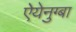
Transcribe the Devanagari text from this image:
ऐयेनुग्बा